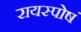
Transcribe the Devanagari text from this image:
रायस्पोषं